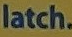
latch